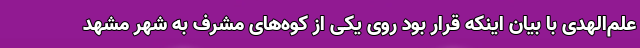
علم‌الهدی با بیان اینکه قرار بود روی یکی از کوه‌های مشرف به شهر مشهد